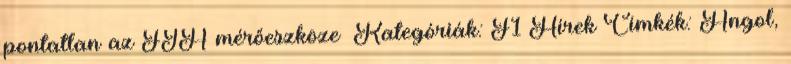
pontatlan az FIA mérőeszköze» Kategóriák: F1 Hírek Címkék: Angol,